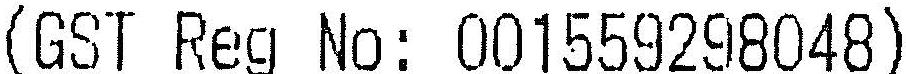
(GST REG NO: 001559298048)